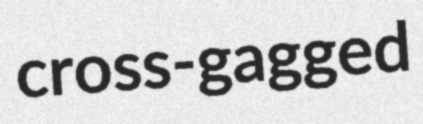
cross-gagged